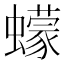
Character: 蠓